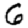
Digit: 6